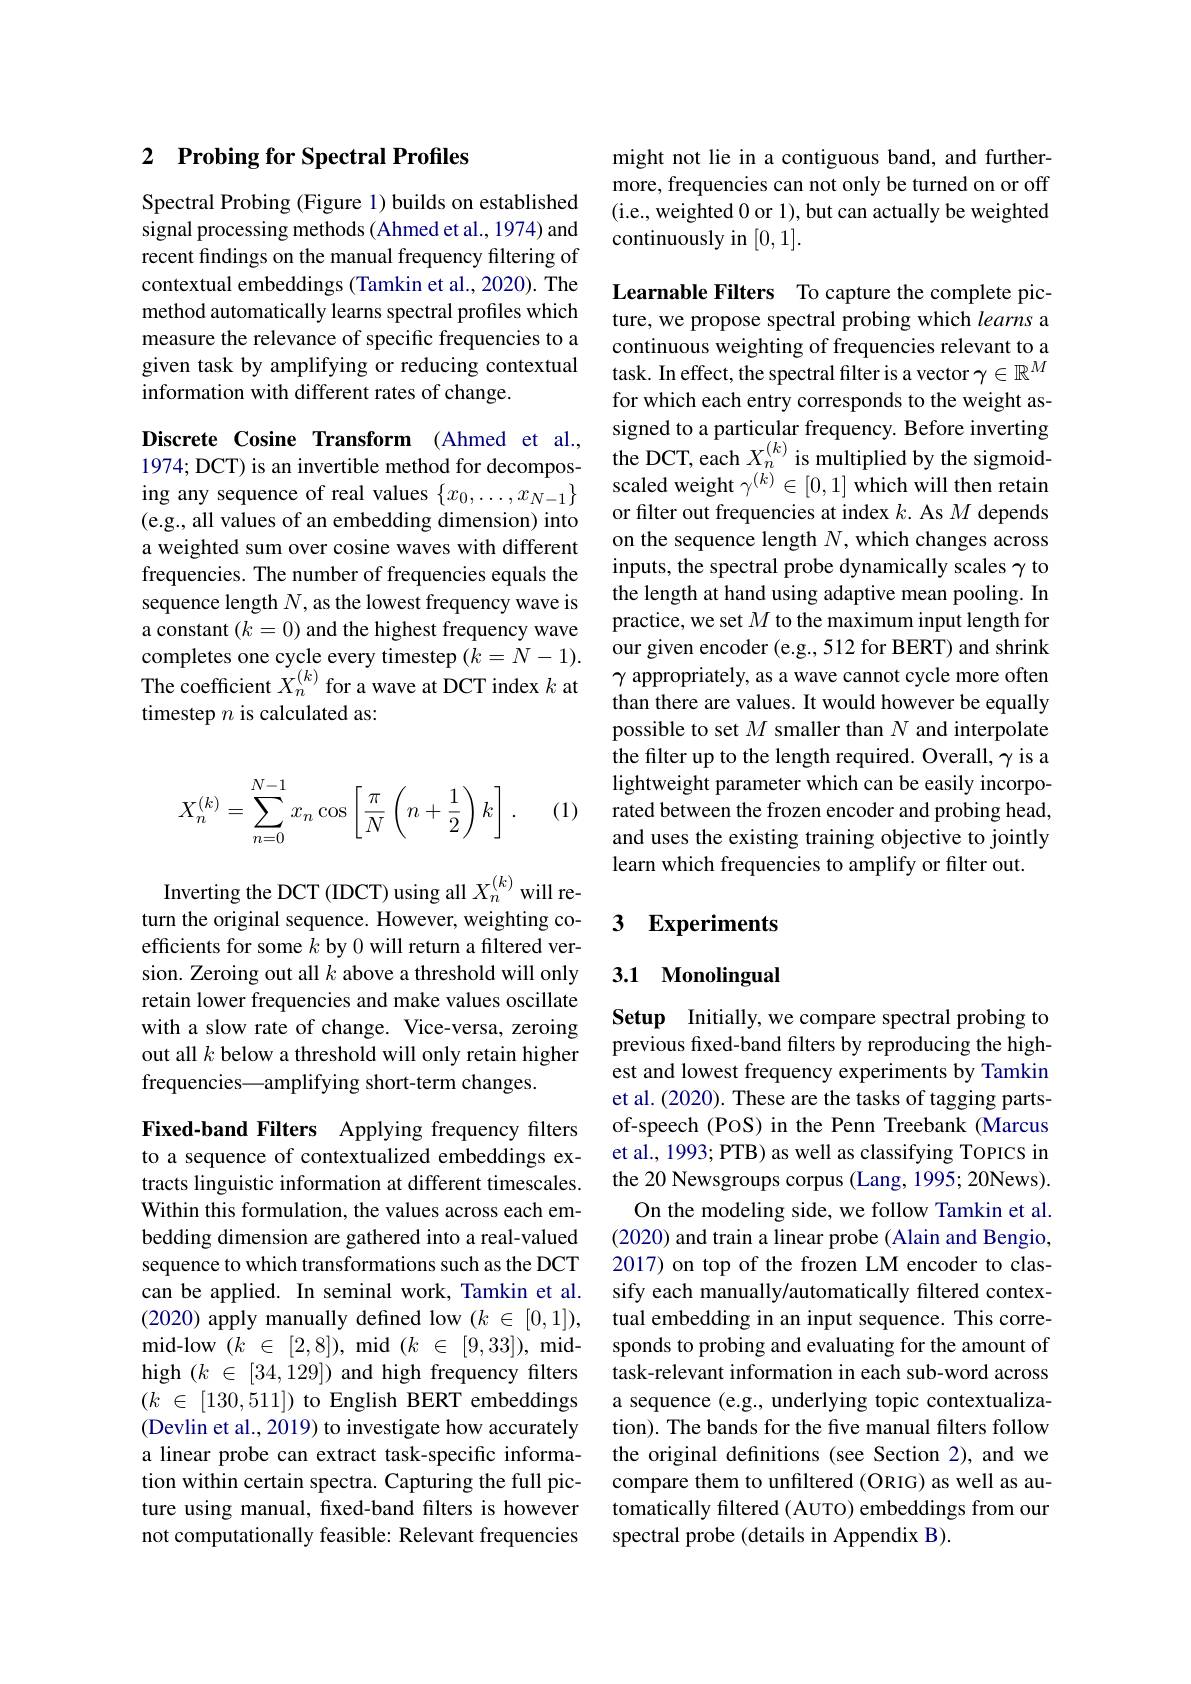
## 2 $\textbf{Probing for Spectral Profiles}$

Spectral Probing (Figure 1) builds on established signal processing methods (Ahmed et al., 1974) and recent findings on the manual frequency filtering of contextual embeddings (Tamkin et al., 2020). The method automatically learns spectral profiles which measure the relevance of specific frequencies to a given task by amplifying or reducing contextual information with different rates of change.

Discrete Cosine Transform (Ahmed et al.,
Discrete Cosme Iransform (Ahmed et al., the DCT, each $X_{n}^{(k)}$ is multiplied by the sigmoid-
ing any sequence of real values $\{x_0,\ldots,x_{N-1}\}$ (e.g., all values of an embedding dimension) into a weighted sum over cosine waves with different frequencies. The number of frequencies equals the sequence length $N$, as the lowest frequency wave is a constant $(k=0)$ and the highest frequency wave completes one cycle every timestep $(k=N-1).$ The coefficient $X_n^{(k)}$ for a wave at DCT index $k$ at timestep $n$ is calculated as:
$$X_n^{(k)}=\sum\limits_{n=0}^{N-1}x_n\cos\left[\frac{\pi}{N}\left(n+\frac{1}{2}\right)k\right]\:.$$
(1)

Inverting the DCT (IDCT) using all $X_{n}^{(k)}$ will return the original sequence. However, weighting coefficients for some $k$ by 0 will return a filtered version. Zeroing out all $k$ above a threshold will only retain lower frequencies and make values oscillate with a slow rate of change. Vice-versa, zeroing out all $k$ below a threshold will only retain higher frequencies—amplifying short-term changes.

Fixed-band Filters Applying frequency filters to a sequence of contextualized embeddings extracts linguistic information at different timescales. Within this formulation, the values across each embedding dimension are gathered into a real-valued sequence to which transformations such as the DCT can be applied. In seminal work, Tamkin et al. (2020) apply manually defined low $(k\in[0,1])$, ${\mathrm{mid- low~}}( k$ $\in$ $[ 2, 8] ) , {\mathrm{mid~}}( k$ $\in$ $[ 9, 33] ) , {\mathrm{mid- }}$ high $( k$ $\in$ [34,129]) and high frequency filters $( k$ $\in$ [130,511]) to English BERT embeddings (Devlin et al., 2019) to investigate how accurately a linear probe can extract task-specific information within certain spectra. Capturing the full picture using manual, fixed-band filters is however not computationally feasible: Relevant frequencies

might not lie in a contiguous band, and furthermore, frequencies can not only be turned on or off (i.e., weighted 0 or 1), but can actually be weighted continuously in [0,1].

Learnable Filters To capture the complete picture, we propose spectral probing which learns a continuous weighting of frequencies relevant to a task. In effect, the spectral filter is a vector $\gamma\in\mathbb{R}^M$ for which each entry corresponds to the weight assigned to a particular frequency. Before inverting scaled weight $\gamma^{(k)}\in[0,1]$ which will then retain or filter out frequencies at index $k.$ As $M$ depends on the sequence length $N$, which changes across inputs, the spectral probe dynamically scales $\gamma$ to the length at hand using adaptive mean pooling. In practice, we set $M$ to the maximum input length for our given encoder (e.g.,512 for BERT) and shrink $\gamma$ appropriately, as a wave cannot cycle more often than there are values. It would however be equally possible to set $M$ smaller than $N$ and interpolate the filter up to the length required. Overall, $\gamma$ is a lightweight parameter which can be easily incorporated between the frozen encoder and probing head, and uses the existing training objective to jointly learn which frequencies to amplify or filter out.

### 3 Experiments

## 3.1 Monolingual

Setup Initially, we compare spectral probing to previous fxed-band filters by reproducing the highest and lowest frequency experiments by Tamkin et al. (2020). These are the tasks of tagging partsof-speech (POS) in the Penn Treebank (Marcus et al., 1993; PTB) as well as classifying ToPICS in the 20 Newsgroups corpus (Lang, 1995; 20News).
On the modeling side, we follow Tamkin et al. (2020) and train a linear probe (Alain and Bengio, 2017) on top of the frozen LM encoder to classify each manually/automatically filtered contextual embedding in an input sequence. This corresponds to probing and evaluating for the amount of task-relevant information in each sub-word across a sequence (e.g., underlying topic contextualization). The bands for the five manual filters follow the original definitions (see Section 2), and we compare them to unfiltered (ORIG) as well as automatically filtered (AUTO) embeddings from our spectral probe (details in Appendix B)